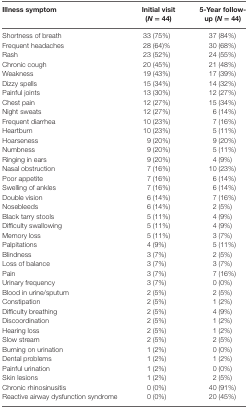
<table><thead><tr><td><b>Illness symptom</b></td><td><b>Initial visit (<i>N</i> = 44)</b></td><td><b>5-Year follow-up (<i>N</i> = 44)</b></td></tr></thead><tbody><tr><td>Shortness of breath</td><td>33 (75%)</td><td>37 (84%)</td></tr><tr><td>Frequent headaches</td><td>28 (64)%</td><td>30 (68%)</td></tr><tr><td>Rash</td><td>23 (52%)</td><td>24 (55%)</td></tr><tr><td>Chronic cough</td><td>20 (45%)</td><td>21 (48%)</td></tr><tr><td>Weakness</td><td>19 (43%)</td><td>17 (39%)</td></tr><tr><td>Dizzy spells</td><td>15 (34%)</td><td>14 (32%)</td></tr><tr><td>Painful joints</td><td>13 (30%)</td><td>12 (27%)</td></tr><tr><td>Chest pain</td><td>12 (27%)</td><td>15 (34%)</td></tr><tr><td>Night sweats</td><td>12 (27%)</td><td>6 (14%)</td></tr><tr><td>Frequent diarrhea</td><td>10 (23%)</td><td>7 (16%)</td></tr><tr><td>Heartburn</td><td>10 (23%)</td><td>5 (11%)</td></tr><tr><td>Hoarseness</td><td>9 (20%)</td><td>9 (20%)</td></tr><tr><td>Numbness</td><td>9 (20%)</td><td>5 (11%)</td></tr><tr><td>Ringing in ears</td><td>9 (20%)</td><td>4 (9%)</td></tr><tr><td>Nasal obstruction</td><td>7 (16%)</td><td>10 (23%)</td></tr><tr><td>Poor appetite</td><td>7 (16%)</td><td>6 (14%)</td></tr><tr><td>Swelling of ankles</td><td>7 (16%)</td><td>6 (14%)</td></tr><tr><td>Double vision</td><td>6 (14%)</td><td>7 (16%)</td></tr><tr><td>Nosebleeds</td><td>6 (14%)</td><td>2 (5%)</td></tr><tr><td>Black tarry stools</td><td>5 (11%)</td><td>4 (9%)</td></tr><tr><td>Difficulty swallowing</td><td>5 (11%)</td><td>4 (9%)</td></tr><tr><td>Memory loss</td><td>5 (11%)</td><td>3 (7%)</td></tr><tr><td>Palpitations</td><td>4 (9%)</td><td>5 (11%)</td></tr><tr><td>Blindness</td><td>3 (7%)</td><td>2 (5%)</td></tr><tr><td>Loss of balance</td><td>3 (7%)</td><td>3 (7%)</td></tr><tr><td>Pain</td><td>3 (7%)</td><td>7 (16%)</td></tr><tr><td>Urinary frequency</td><td>3 (7%)</td><td>0 (0%)</td></tr><tr><td>Blood in urine/sputum</td><td>2 (5%)</td><td>2 (5%)</td></tr><tr><td>Constipation</td><td>2 (5%)</td><td>1 (2%)</td></tr><tr><td>Difficulty breathing</td><td>2 (5%)</td><td>4 (9%)</td></tr><tr><td>Discoordination</td><td>2 (5%)</td><td>1 (2%)</td></tr><tr><td>Hearing loss</td><td>2 (5%)</td><td>1 (2%)</td></tr><tr><td>Slow stream</td><td>2 (5%)</td><td>2 (5%)</td></tr><tr><td>Burning on urination</td><td>1 (2%)</td><td>0 (0%)</td></tr><tr><td>Dental problems</td><td>1 (2%)</td><td>1 (2%)</td></tr><tr><td>Painful urination</td><td>1 (2%)</td><td>0 (0%)</td></tr><tr><td>Skin lesions</td><td>1 (2%)</td><td>2 (5%)</td></tr><tr><td>Chronic rhinosinusitis</td><td>0 (0%)</td><td>40 (91%)</td></tr><tr><td>Reactive airway dysfunction syndrome</td><td>0 (0%)</td><td>20 (45%)</td></tr></tbody></table>